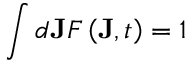
\int d \mathbf { J } F \left( \mathbf { J } , t \right) = 1